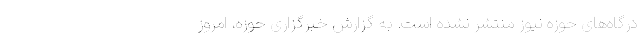
درگاه‌های حوزه نیوز منتشر نشده است. به گزارش خبرگزاری حوزه، امروز